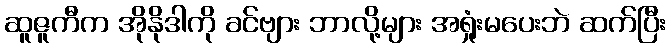
ဆူဇူကီက အိုနိုဒါကို ခင်ဗျား ဘာလို့များ အရှုံးမပေးဘဲ ဆက်ပြီး